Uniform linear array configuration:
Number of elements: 32
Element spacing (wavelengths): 1
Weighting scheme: hamming
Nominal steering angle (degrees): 45
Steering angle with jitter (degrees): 45.086
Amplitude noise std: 0.05
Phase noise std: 0.05

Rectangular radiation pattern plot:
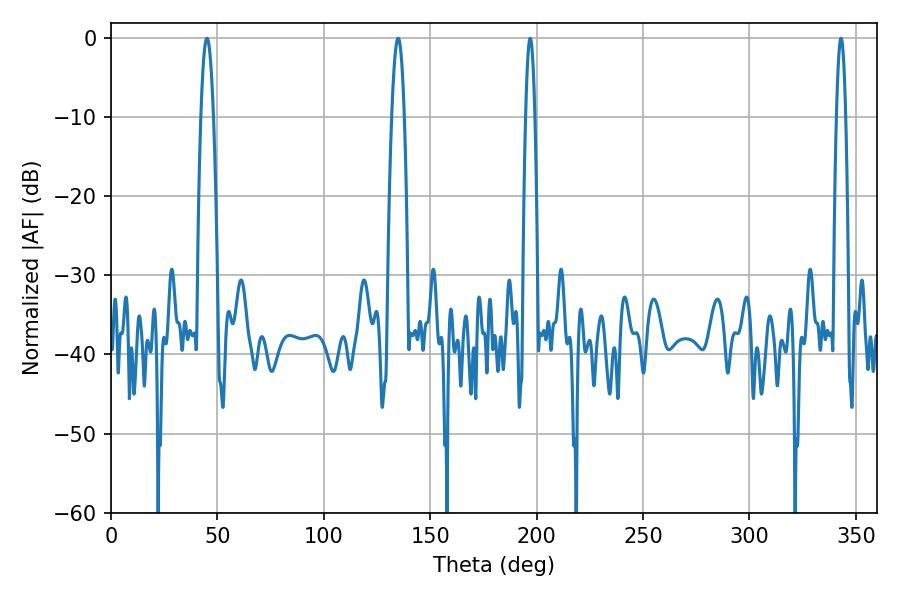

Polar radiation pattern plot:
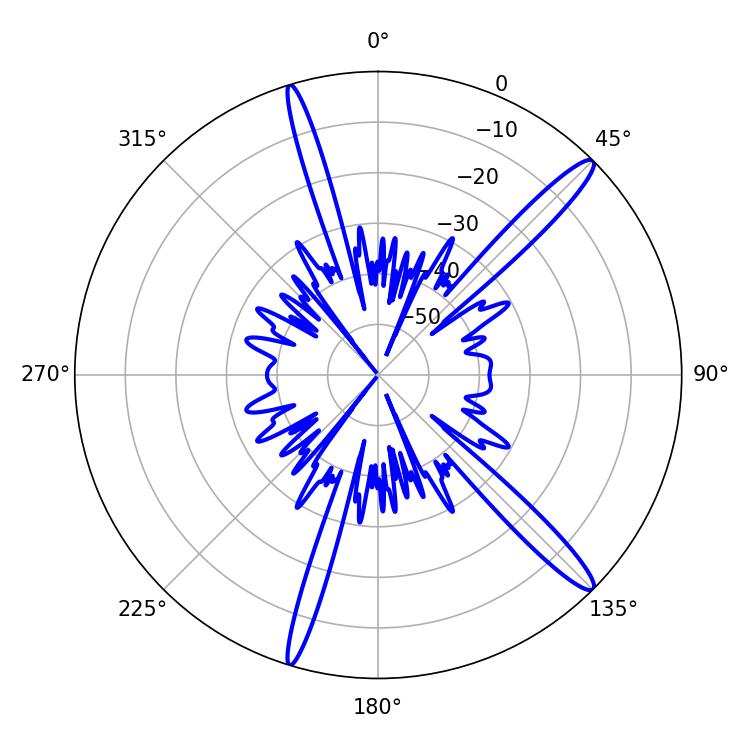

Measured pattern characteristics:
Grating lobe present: TRUE
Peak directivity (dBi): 15.159
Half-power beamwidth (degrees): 2.34
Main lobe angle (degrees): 196.92